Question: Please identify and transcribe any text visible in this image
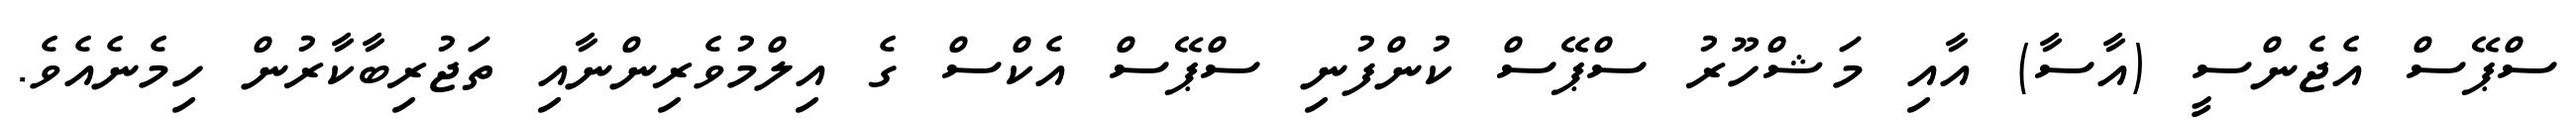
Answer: ސްޕޭސް އެޖެންސީ (އާސާ) އާއި މަޝްހޫރު ސްޕޭސް ކުންފުނި ސްޕޭސް އެކްސް ގެ އިލްމުވެރިންނާއި ތަޖުރިބާކާރުން ހިމެނެއެވެ.